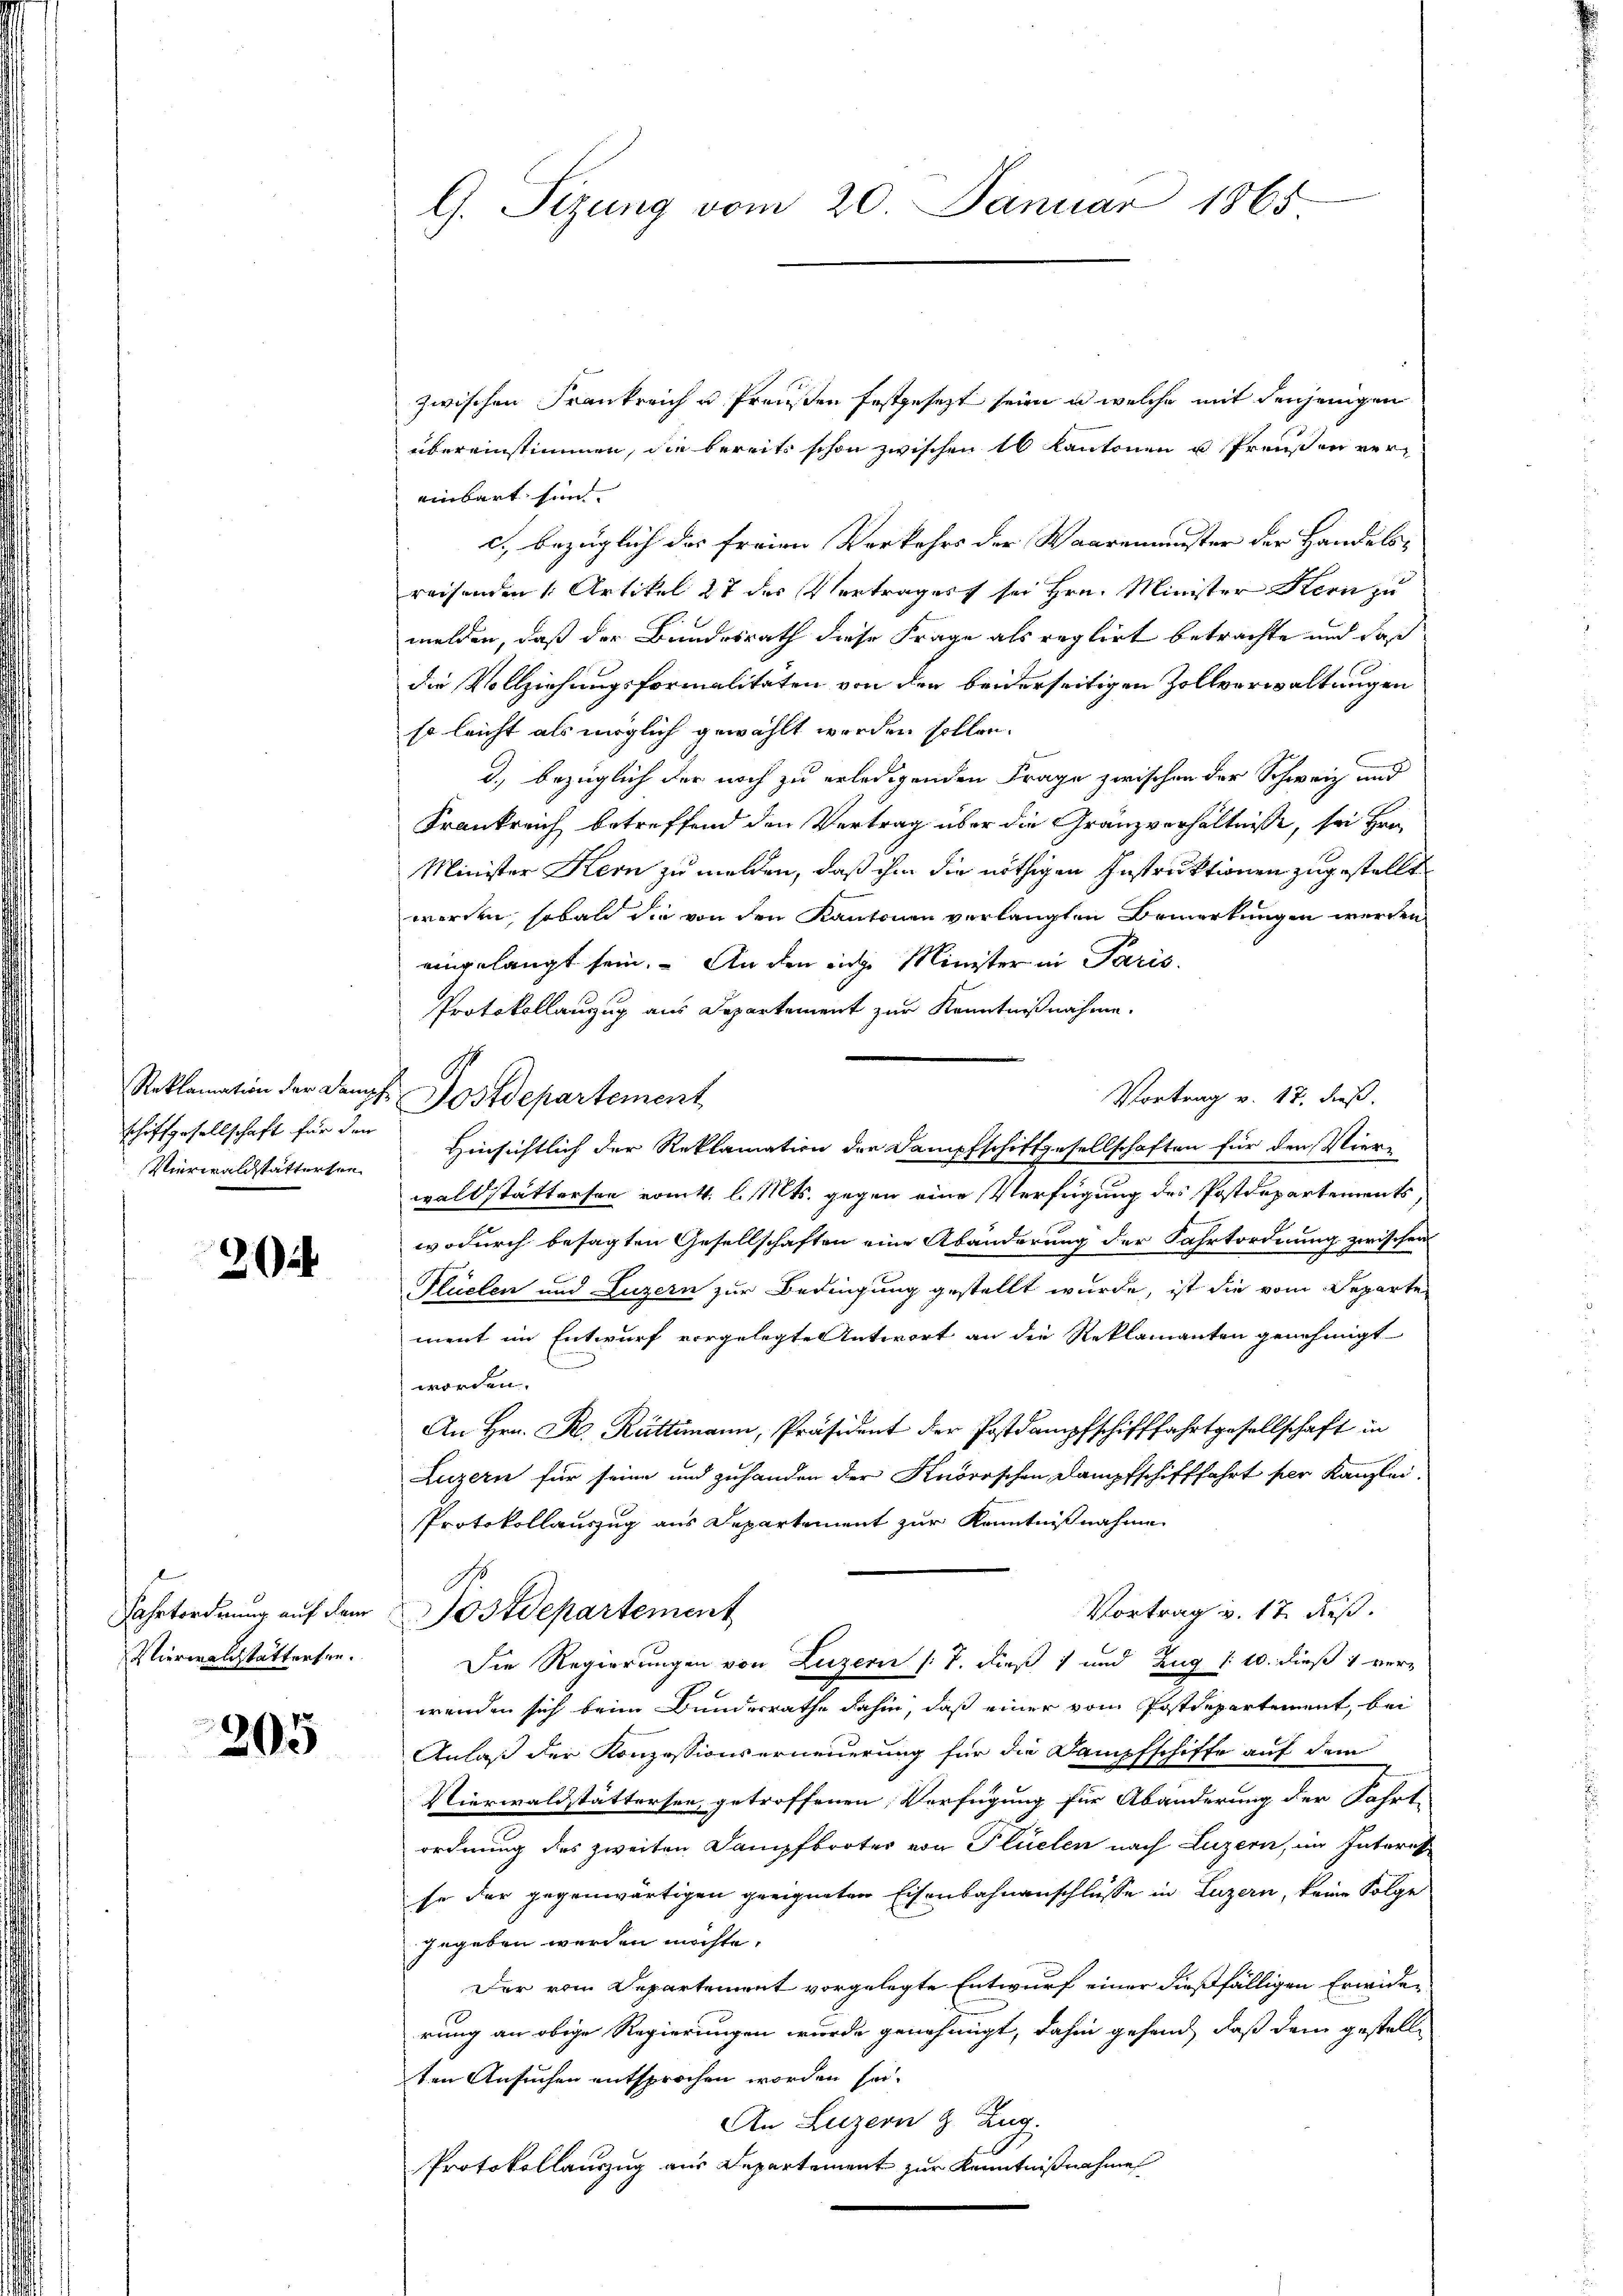
schiffgesellschaft für den
Vierwaldstattersee

2

Vierwelchstattersen.

205

zwischen Frankreich u. Preusten festgesezt sein, u welche mit denjenigen
übereinstimmen, die bereits schon zwischen 10 Kantonen u Preußen vereinbart sin
c., bezüglich des freien Verkehrs der Waarenmuster der Handelsreisenden 1. Artikel 27 des Vertrages sei Hrn. Minister Kern zu
melden, daß der Bundesrath diese Frage als reglirt betrachte und daß
die Vollziehungsformalitäten von den beiderseitigen Zollverwaltungen
so leicht als möglich gewählt werden sollen.
d., bezüglich der noch zu erledigenden Frage zwischen der Schweiz und
Frankreich betreffend den Vertrag über die Gränzverhältnisse, sei Hrn.
Minister Kern zu melden, daß ihm die nöthigen Instruktionen zugestellt
werden, sobald die von den Kantonen verlangten Bemerkungen werden
eingelangt sein. An den eige Minister in Paris.
Protokollanzug aus Departement zur Kenntnißnahme.
Reklamation der Dampf Postdepartement
Vortrag v. 17. dieß.
Hinsichtlich der Reklamation der Dampfschiftgesellschaften für den Vier-
waldstättersen vom t. l. Mts. gegen eine Verfügung des Postdepartements
wodurch besagten Gesellschaften eine Abänderung der Fahrtordnung zwischen
Plüelen und Luzern zur Bedingung gestellt wurde, ist die vom Separte
ment im Entwurf vorgelegte Antwort an die Reklamanten genehmigt
worden.
An Hrn. R. Rüttimann, Präsident der Postdampfschifffahrtgesellschaft in
Luzern für seine und zuhanden der Knorrschen Dampfschifffahrt per Kanzlei-
Protokollauszug aus Departement zur Kenntnißnahme
S
Vortrag v. 17. dieß.
Fahrtordnung auf dem Postdepartement
Die Regierungen von Luzern (T. dieß) und Zug (: 10. dieß 1 verwenden sich beim Bundesrathe dahin, daß einer vom Postdepartement, bei
Anlaß der Konzessionserneuerung für die Dampfschiffe auf dem
Vierwaldstättersee getroffenen Verfügung für Abänderung der Fahrte
ordnung des zweiten Dampfbootes von Plüelen nach Luzern, im Interis
se der gegenwärtigen geeigneten Eisenbahnanschlüsse in Luzern, keine Folge
gegeben werden möchte.
Der vom Departement vorgelegte Entwurf einer dießfälligen Erwiderrung an obige Regierungen wurde genehmigt, dahin gehend, daß dem gestelle
ten Ansuchen entsprochen worden sei.
An Luzern z. Zug.
Protokollauszug aus Departement zur Kenntnißnahme

G. Sizung vom 20. Januar 1865